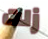
زلت